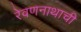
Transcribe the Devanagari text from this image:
रेवणनाथाची